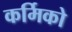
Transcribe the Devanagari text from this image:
कर्मिको